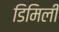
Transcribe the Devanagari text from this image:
डिमिली